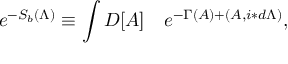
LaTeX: e ^ { - S _ { b } ( \Lambda ) } \equiv \int { \cal D } [ A ] \quad e ^ { - \Gamma ( A ) + ( A , i \ast d \Lambda ) } ,